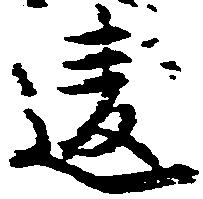
違